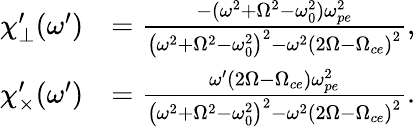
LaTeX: \begin{array}{rl}{{\chi_{\perp}^{\prime}}(\omega^{\prime})}&{=\frac{-(\omega^{2}+\Omega^{2}-\omega_{0}^{2})\omega_{pe}^{2}}{\left(\omega^{2}+\Omega^{2}-\omega_{0}^{2}\right)^{2}-\omega^{2}\left(2\Omega-\Omega_{ce}\right)^{2}},}\\ {{\chi_{\times}^{\prime}}(\omega^{\prime})}&{=\frac{\omega^{\prime}(2\Omega-\Omega_{ce})\omega_{pe}^{2}}{\left(\omega^{2}+\Omega^{2}-\omega_{0}^{2}\right)^{2}-\omega^{2}\left(2\Omega-\Omega_{ce}\right)^{2}}.}\end{array}